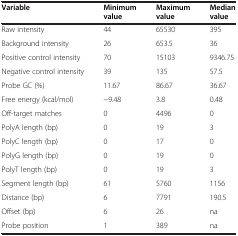
<table><thead><tr><td><b>Variable</b></td><td><b>Minimum value</b></td><td><b>Maximum value</b></td><td><b>Median value</b></td></tr></thead><tbody><tr><td>Raw intensity</td><td>44</td><td>65530</td><td>395</td></tr><tr><td>Background intensity</td><td>26</td><td>653.5</td><td>36</td></tr><tr><td>Positive control intensity</td><td>70</td><td>15103</td><td>9346.75</td></tr><tr><td>Negative control intensity</td><td>39</td><td>135</td><td>57.5</td></tr><tr><td>Probe GC (%)</td><td>11.67</td><td>86.67</td><td>36.67</td></tr><tr><td>Free energy (kcal/mol)</td><td>-9.48</td><td>3.8</td><td>0.48</td></tr><tr><td>Off-target matches</td><td>0</td><td>4496</td><td>0</td></tr><tr><td>PolyA length (bp)</td><td>0</td><td>19</td><td>3</td></tr><tr><td>PolyC length (bp)</td><td>0</td><td>17</td><td>0</td></tr><tr><td>PolyG length (bp)</td><td>0</td><td>19</td><td>0</td></tr><tr><td>PolyT length (bp)</td><td>0</td><td>19</td><td>3</td></tr><tr><td>Segment length (bp)</td><td>61</td><td>5760</td><td>1156</td></tr><tr><td>Distance (bp)</td><td>6</td><td>7791</td><td>190.5</td></tr><tr><td>Offset (bp)</td><td>6</td><td>26</td><td>na</td></tr><tr><td>Probe position</td><td>1</td><td>389</td><td>na</td></tr></tbody></table>